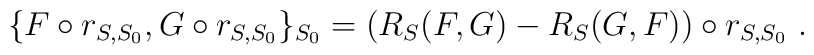
\{F\circ r_{S,S_{0}},G\circ r_{S,S_{0}}\}_{S_{0}} =        (R_{S}(F,G)-R_{S}(G,F))\circ r_{S,S_{0}} \ .